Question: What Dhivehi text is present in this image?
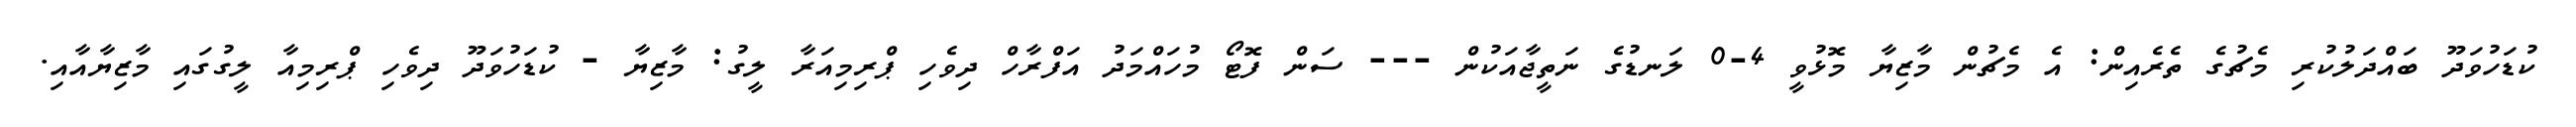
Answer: ކުޑަހުވަދޫ ބައްދަލުކުރި މެޗުގެ ތެރެއިން: އެ މެޗުން މާޒިޔާ މޮޅުވީ 4-0 ލަނޑުގެ ނަތީޖާއަކުން --- ސަން ފޮޓޯ މުހައްމަދު އަފްރާހް ދިވެހި ޕްރިމިއަރާ ލީގު: މާޒިޔާ - ކުޑަހުވަދޫ ދިވެހި ޕްރިމިއާ ލީގުގައި މާޒިޔާއާއި.